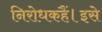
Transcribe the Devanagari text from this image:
निरोधकहैं।इसे